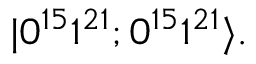
| 0 ^ { 1 5 } 1 ^ { 2 1 } ; 0 ^ { 1 5 } 1 ^ { 2 1 } \rangle .